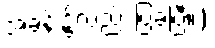
အခန်း၌လည်း ပြခဲ့ပြီ။)